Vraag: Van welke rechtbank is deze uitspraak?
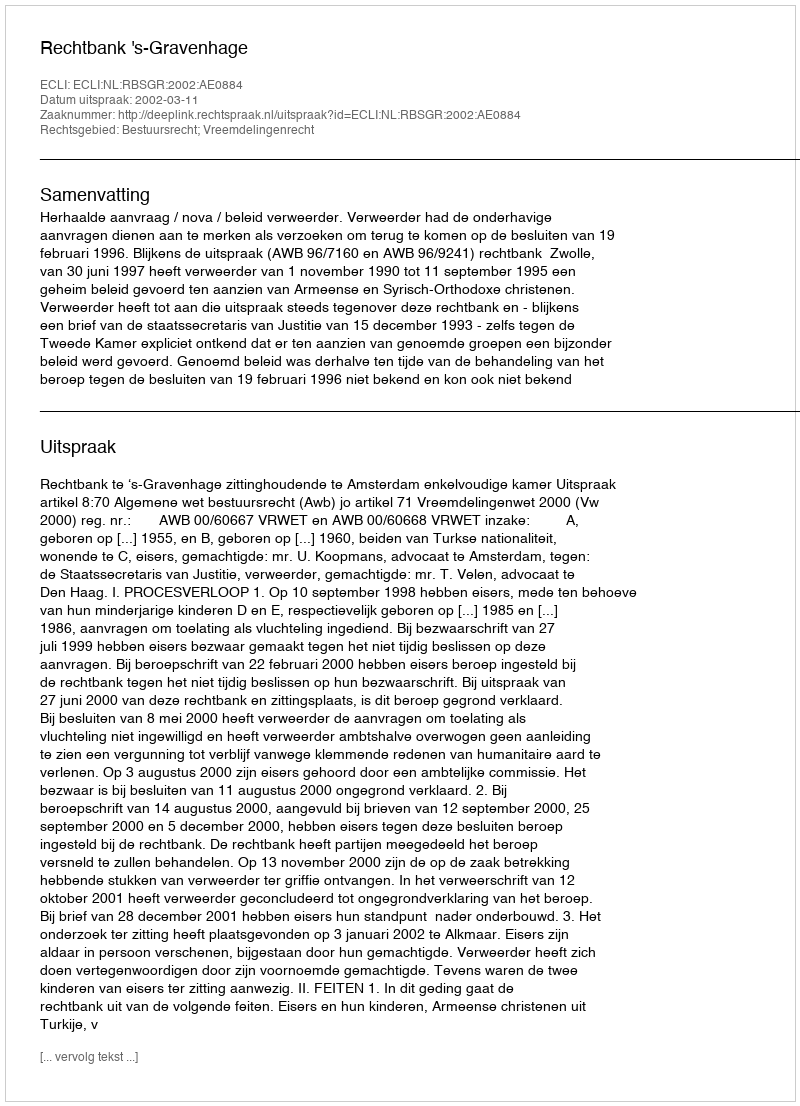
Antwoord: Rechtbank 's-Gravenhage